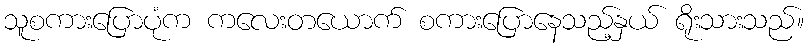
သူစကားပြောပုံက ကလေးတယောက် စကားပြောနေသည့်နှယ် ရိုးသားသည်။